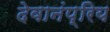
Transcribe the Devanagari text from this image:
देवानंप्रिय